Lunatic asylums Burma 1922-24 - 1922-1924
Year: 1922
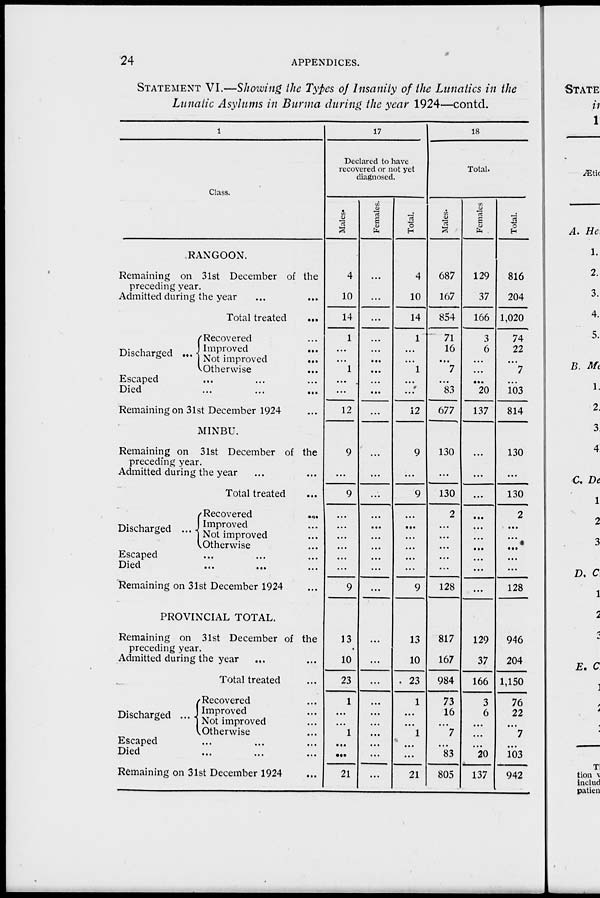
24
APPENDICES.
STATEMENT VI.—Showing the Types of Insanity of the Lunatics in the
Lunatic Asylums in Burma during the year 1924—contd.
1
Class.
RANGOON.
Remaining on 31st December of the
preceding year.
Admitted during the year ...
Total treated
...
Discharged ...
Recovered ...
Improved ...
Not improved ...
Otherwise ...
Escaped ... ... ...
Died ... ... ...
Remaining on 31st December 1924 ...
M1NBU.
Remaining on 31st December of the
preceding year.
Admitted during the year ... ...
Total treated ...
Discharged ....
Recovered
...
Improved ...
Not improved ...
Otherwise ...
Escaped ... ... ...
Died ... ... ...
Remaining on 31st December 1924 ...
PROVINCIAL TOTAL.
Remaining on 31st December of the
preceding year.
Admitted during the year ... ...
Total treated ...
Discharged ....
Recovered ...
Improved ...
Not improved ...
Otherwise ...
Escaped ... ... ...
Died ... ... ...
Remaining on 31st December 1924
17
Declared to have
recovered or not yet
diagnosed.
Males.
4
10
14
1
...
...
1
...
...
12
9
...
9
...
...
...
...
...
...
9
13
10
23
1
...
...
1
...
...
21
Females.
...
...
...
...
...
...
...
...
...
...
...
...
...
...
...
...
...
...
...
...
...
...
...
...
...
...
...
...
...
...
Total.
4
10
14
1
...
...
1
...
...
12
9
...
9
...
...
...
...
...
...
9
13
10
23
1
...
...
1
...
...
21
18
Total.
Males.
687
167
854
71
16
...
7
...
83
677
130
...
130
2
...
...
...
...
...
128
817
167
984
73
16
...
7
...
83
805
Females
129
37
166
3
6
...
...
...
20
137
...
...
...
...
...
...
...
...
...
...
129
37
166
3
6
...
...
...
20
137
Total.
816
204
1,020
74
22
...
7
...
103
814
130
...
130
2
...
...
...
...
...
128
946
204
1,150
76
22
...
7
...
103
942